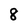
Character: 8